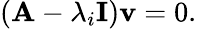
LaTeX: \left(\mathbf{A}-\lambda_{i}\mathbf{I}\right)\mathbf{v}=0.